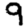
Digit: 9